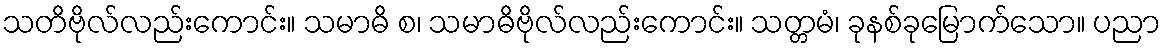
သတိဗိုလ်လည်းကောင်း။ သမာဓိ စ၊ သမာဓိဗိုလ်လည်းကောင်း။ သတ္တမံ၊ ခုနစ်ခုမြောက်သော။ ပညာ